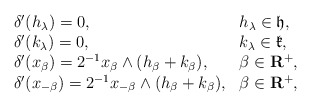
\begin{align*}\begin{array}{ll}\delta'(h_\lambda)=0, &h_\lambda\in\frak h,\\\delta'(k_\lambda)=0, &k_\lambda\in\frak k,\\\delta'(x_\beta)= 2^{-1}x_\beta\wedge (h_\beta+k_\beta), &\beta\in\bf R^+,\\\delta'(x_{-\beta})=2^{-1}x_{-\beta}\wedge (h_{\beta}+k_{\beta}), &\beta\in\bf R^+,\end{array}\end{align*}